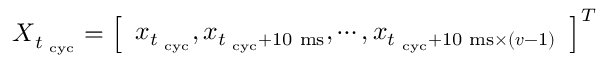
\boldsymbol X _ { t _ { \mathrm { \scriptsize ~ c y c } } } = \left[ \begin{array} { l } { \boldsymbol x _ { t _ { \mathrm { \scriptsize ~ c y c } } } , \boldsymbol x _ { t _ { \mathrm { \scriptsize ~ c y c } } + 1 0 \mathrm { \scriptsize ~ m s } } , \cdots , \boldsymbol x _ { t _ { \mathrm { \scriptsize ~ c y c } } + 1 0 \mathrm { \scriptsize ~ m s } \times ( \boldsymbol v - 1 ) } } \end{array} \right] ^ { T }